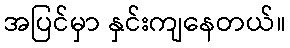
အပြင်မှာ နှင်းကျနေတယ်။